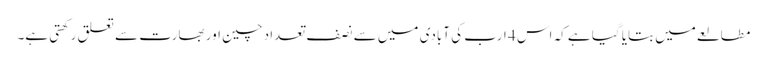
مطالعے میں بتایا گیا ہے کہ اس 4 ارب کی آبادی میں سے نصف تعداد چین اور بھارت سے تعلق رکھتی ہے۔